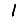
Digit: 1